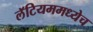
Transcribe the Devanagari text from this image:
लॅटियममध्येच